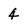
Character: 4